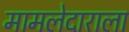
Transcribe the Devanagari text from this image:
मामलेदाराला